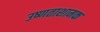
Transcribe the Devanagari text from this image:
उष्णताशामक